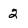
Character: 2